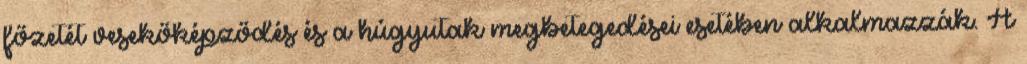
főzetét vesekőképződés és a húgyutak megbetegedései esetében alkalmazzák. A